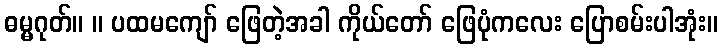
ဓမ္မဂုတ်။ ။ ပထမကျော် ဖြေတဲ့အခါ ကိုယ်တော် ဖြေပုံကလေး ပြောစမ်းပါအုံး။